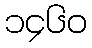
၁၄၆၀